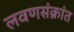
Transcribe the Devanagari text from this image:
लवणसंक्रांत